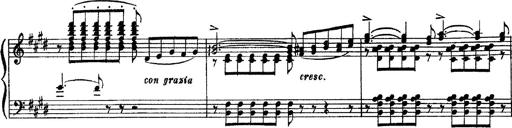
Title: 3 sonetti di Petrarca
Composer: Franz Liszt